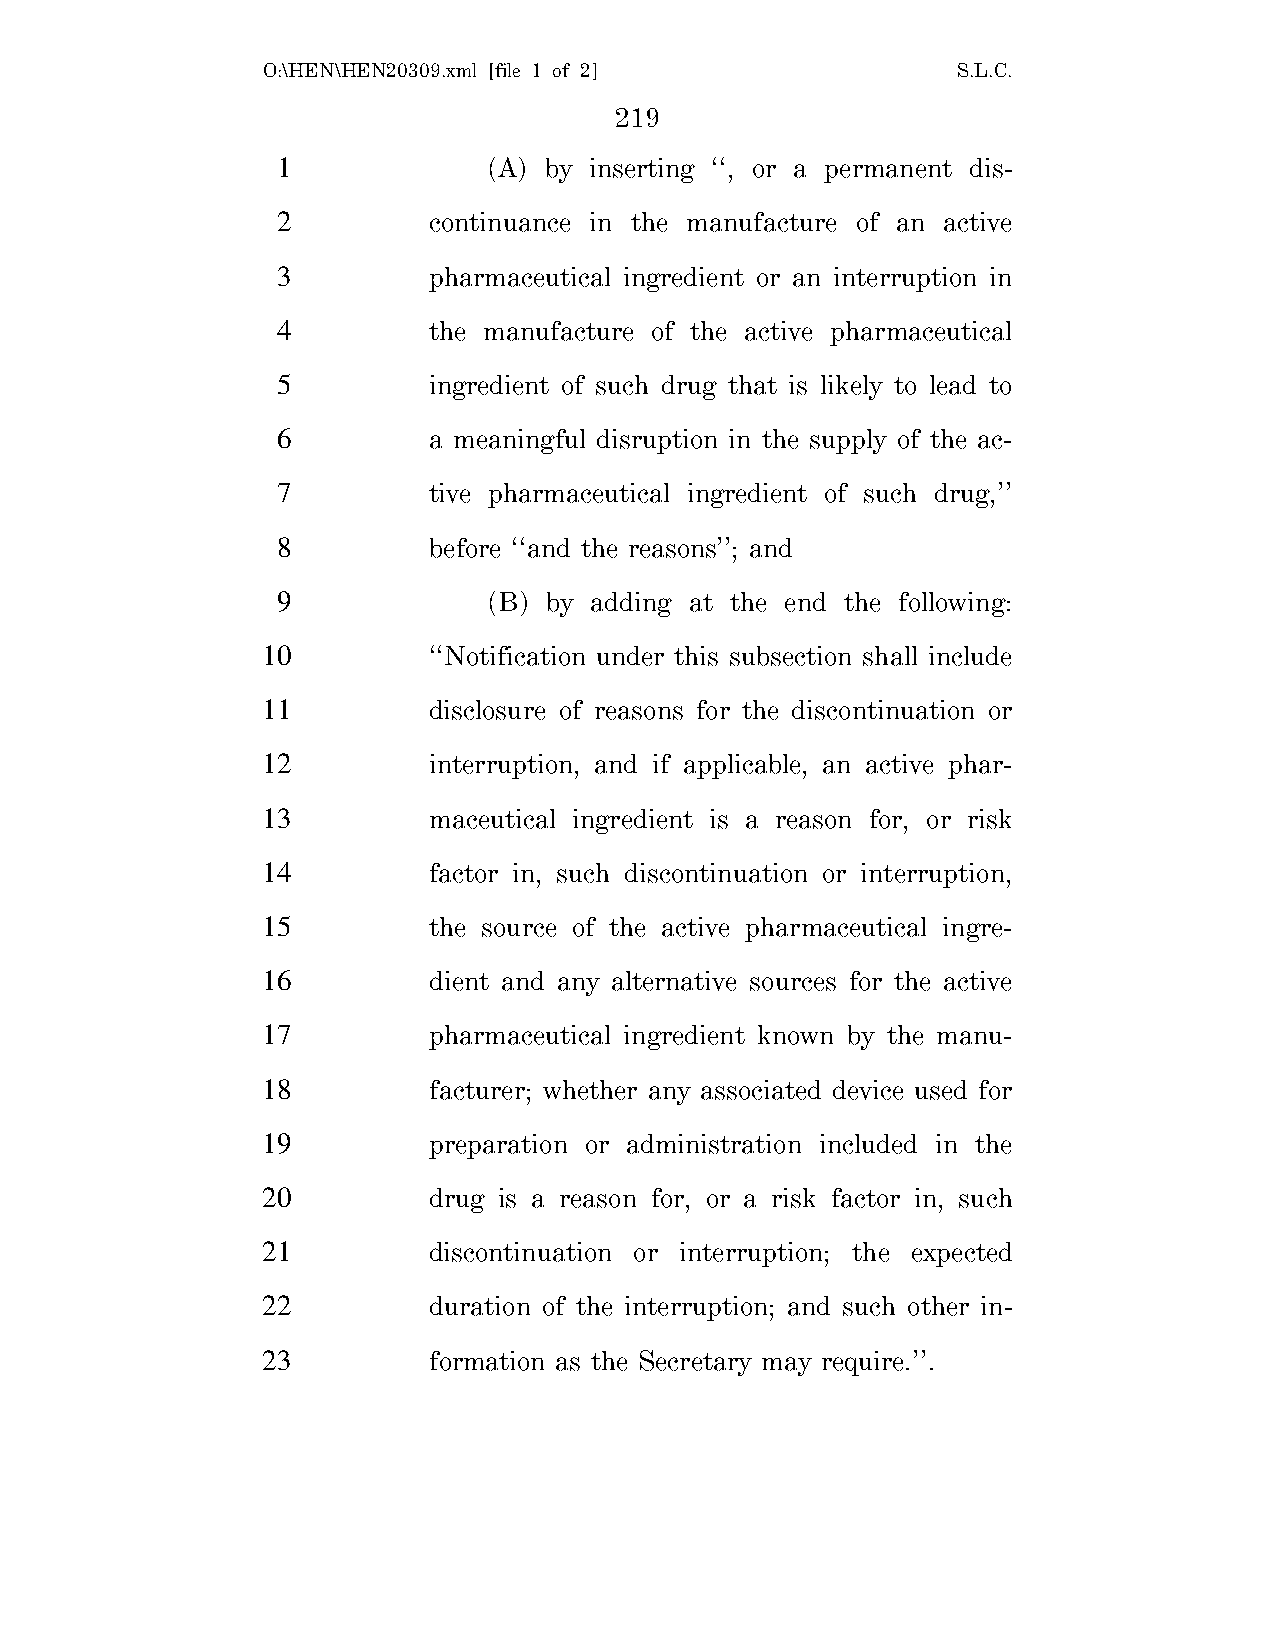
O:\HEN\HEN20309.xml [file 1 of 2]             S.L.C.
 219
 1             (A) by inserting ‘‘, or a permanent dis-
 2         continuance in the manufacture of an active
 3         pharmaceutical ingredient or an interruption in
 4         the manufacture of the active pharmaceutical
 5         ingredient of such drug that is likely to lead to
 6         a meaningful disruption in the supply of the ac-
 7         tive pharmaceutical ingredient of such drug,’’
 8         before ‘‘and the reasons’’; and
 9             (B) by adding at the end the following:
 10         ‘‘Notification under this subsection shall include
 11         disclosure of reasons for the discontinuation or
 12         interruption, and if applicable, an active phar-
 13         maceutical ingredient is a reason for, or risk
 14         factor in, such discontinuation or interruption,
 15         the source of the active pharmaceutical ingre-
 16         dient and any alternative sources for the active
 17         pharmaceutical ingredient known by the manu-
 18         facturer; whether any associated device used for
 19         preparation or administration included in the
 20         drug is a reason for, or a risk factor in, such
 21         discontinuation or interruption; the expected
 22         duration of the interruption; and such other in-
 23         formation as the Secretary may require.’’.